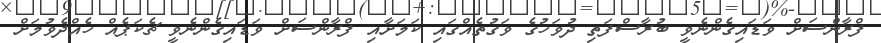
ފްރާންސަށް ވަޑައިގެންނެވީ ބުރާސްފަތި ދުވަހުގެ ވަގުތެއްގައި ކަމަށާއި ފްރާންސަށް ވަޑައިގެންނެވީ ޗެކަޕެއް ހެއްދެވުމަށް